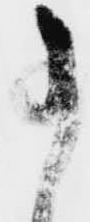
事